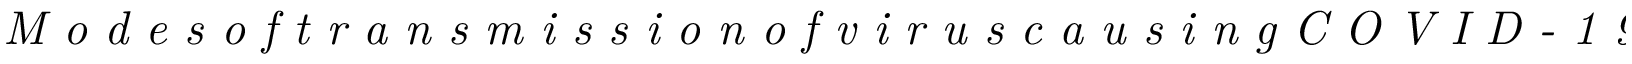
\textit { M o d e s o f t r a n s m i s s i o n o f v i r u s c a u s i n g C O V I D - 1 9 : i m p l i c a t i o n s }